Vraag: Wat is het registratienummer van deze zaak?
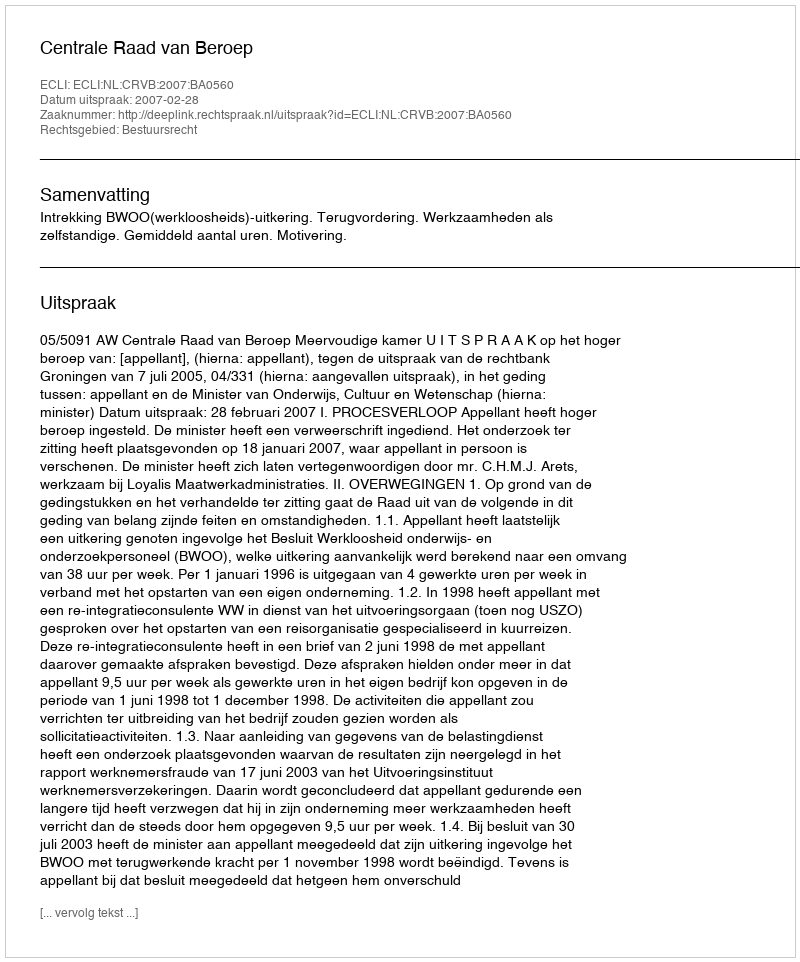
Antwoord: http://deeplink.rechtspraak.nl/uitspraak?id=ECLI:NL:CRVB:2007:BA0560